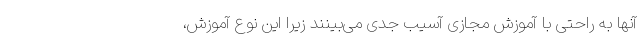
آنها به راحتی با آموزش مجازی آسیب جدی می‌بینند زیرا این نوع آموزش،